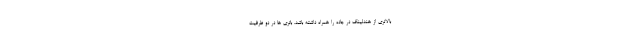
بالاتری از هندلینگ در جاده را همراه داشته باشد. باتری ها در دو ظرفیت